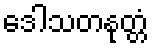
ဒေါသတနုတ္တံ